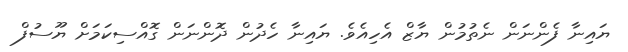
ޔައިނާ ފެންނަން ނެތުމުން ޔާޒް އެހިއެވެ. ޔައިނާ ހެދުން ދޮންނަން ގޮއްސިކަމަށް ޔޫސުފް